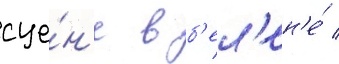
сце́н'е в б'ел'ен'е́ /